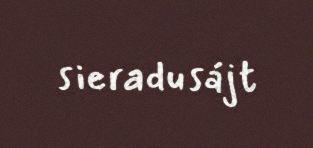
sieradusájt